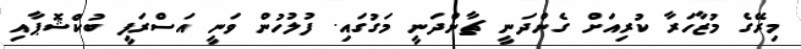
މިރޭގެ މުޒާހަރާ ކުރިއަށް ގެންދަނީ ޗާންދަނީ މަގުގައި. ފުލުހުން ވަނީ އަސްރަފީ ބުކްޝޮޕާއި